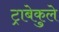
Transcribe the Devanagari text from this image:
ट्राबेकुले